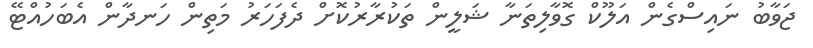
ޖަވާބު ނައިސްގެން އަލޫކް ގޮވާލިތަނާ ޝަލީން ތަކުރާރުކޮށް ދެފަހަރު މަތިން ހަނދާން އެބަހުއްޓޭ